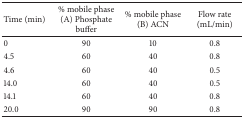
<table><thead><tr><td><b>Time (min)</b></td><td><b>% mobile phase (A) Phosphate buffer</b></td><td><b>% mobile phase (B) ACN</b></td><td><b>Flow rate (mL/min)</b></td></tr></thead><tbody><tr><td>0</td><td>90</td><td>10</td><td>0.8</td></tr><tr><td>4.5</td><td>60</td><td>40</td><td>0.8</td></tr><tr><td>4.6</td><td>60</td><td>40</td><td>0.5</td></tr><tr><td>14.0</td><td>60</td><td>40</td><td>0.5</td></tr><tr><td>14.1</td><td>60</td><td>40</td><td>0.8</td></tr><tr><td>20.0</td><td>90</td><td>90</td><td>0.8</td></tr></tbody></table>